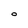
Character: O